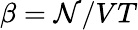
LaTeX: \beta=\mathcal{N}/VT